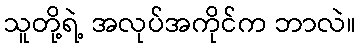
သူတို့ရဲ့ အလုပ်အကိုင်က ဘာလဲ။